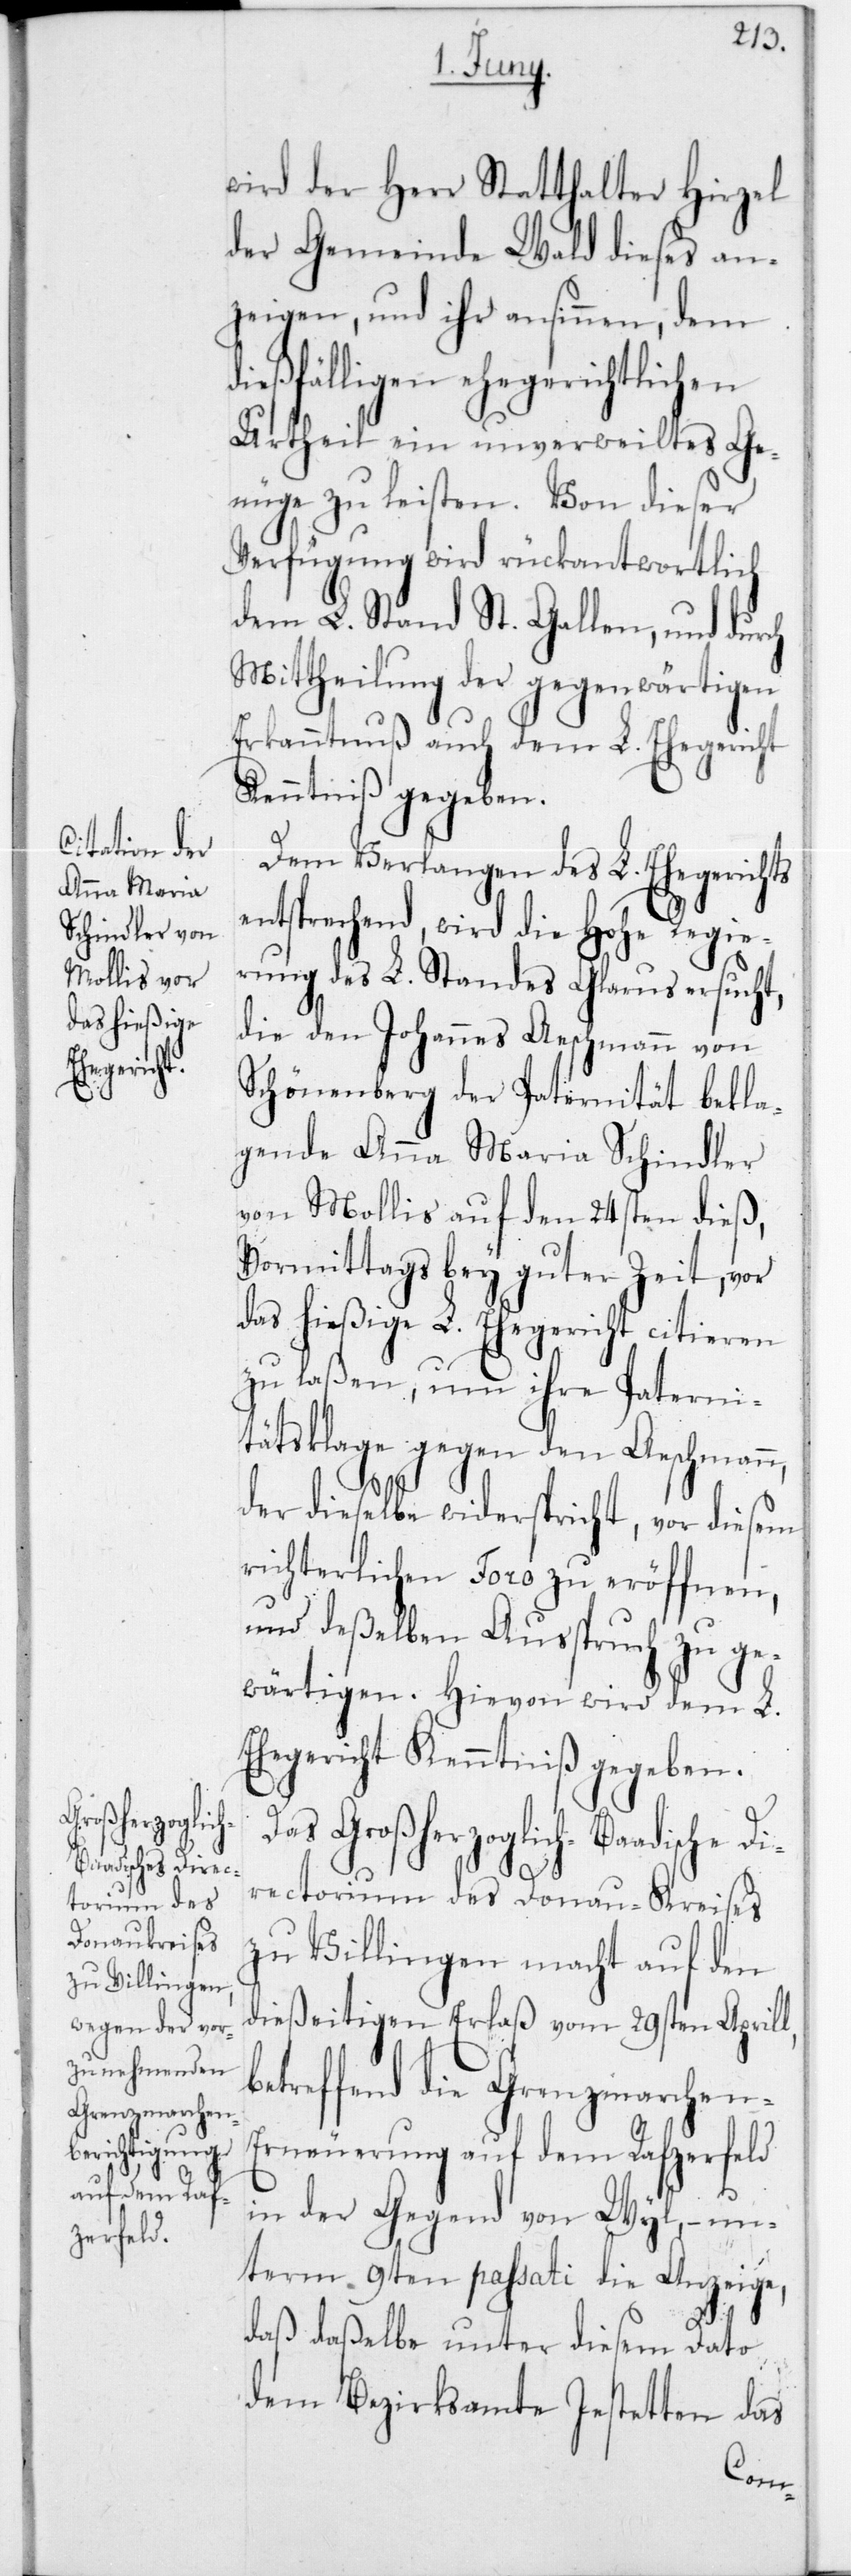
Großherzoglic¬
h-Baadische Direc¬
torium des
Donau-Kreises

wird der Herr Statthalter Hirzel
der Gemeinde Wald dieses an¬
zeigen, und ihr ansinnen, dem
dießfälligen ehegerichtlichen
Urtheil ein unverweiltes Ge¬
nüge zu leisten. Von dieser
Verfügung wird rückantwortlich
dem L. Stand St. Gallen, und durch
Mittheilung der gegenwärtigen
Erkanntnuß auch dem L. Ehegericht
Kenntniß gegeben.
Dem Verlangen des L. Ehegerichts
entsprechend, wird die hohe Regie¬
rung des L. Standes Glarus ersucht,
die den Johannes Aeschmann von
Schönenberg der Paternität bekla¬
gende Anna Maria Schindler
von Mollis auf den 24sten dieß,
Vormittags bey guter Zeit, vor
das hießige L. Ehegericht citieren
zu laßen,um ihre Paterni¬
tätsklage gegen den Aeschmann,
der dieselbe widerspricht, vor diesem
richterlichen Foro zu eröffnen,
und deßelben Ausspruch zu ge¬
wärtigen. Hievon wird dem L.
Ehegericht Kenntniß gegeben.
zu Villingen macht auf den
dießeitigen Erlaß vom 29sten Aprill,
etreffend die Grenzmarchen-E¬
rneuerung auf dem Rafzerfeld
in der Gegend von Wyl, – un¬
term 9ten passati die Anzeige,
daß daßelbe unter diesem Dato
dem Bezirksamte Jestetten das
b¬